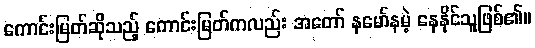
ကောင်းမြတ်ဆိုသည့် ကောင်းမြတ်ကလည်း အတော် နမော်နမဲ့ နေနိုင်သူဖြစ်၏။